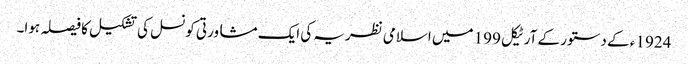
1924 ء کے دستور کے آرٹیکل 199 میں اسلامی نظریہ کی ایک مشاورتی کونسل کی تشکیل کا فیصلہ ہوا۔